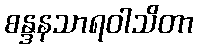
စန္ဒနသာရဝါသိတာ